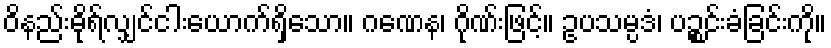
ဝိနည်းဓိုရ်လျှင်ငါးယောက်ရှိသော။ ဂဏေန၊ ဂိုဏ်းဖြင့်။ ဥပသမ္ပဒံ၊ ပဉ္စင်းခံခြင်းကို။